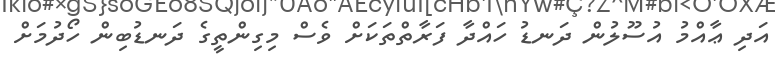
އަދި ޢާއްމު އުސޫލުން ދަނޑު ހައްދާ ފަރާތްތަކަށް ވެސް މިގިންތީގެ ދަނޑުބިން ހޯދުމަށް